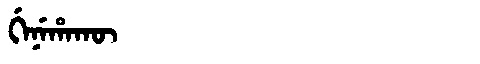
Manchu: ᡤᡝᠨᡝᡥᠠᡴᡡ
Romanization: GENEHAKŪ